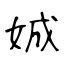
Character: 娍